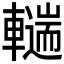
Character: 𰹨